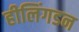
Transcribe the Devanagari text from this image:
हीलिंगडन